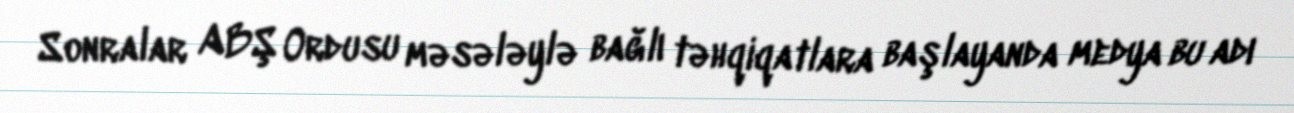
Sonralar ABŞ Ordusu məsələylə bağlı təhqiqatlara başlayanda medya bu adı